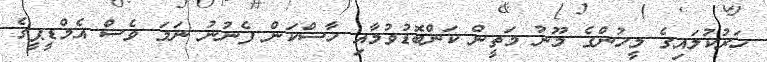
ހަރުކުލައިގެ މީހުންގެ މޫނު މަތީން ކަންބޮޑުވުމާއި ހާސްކަން ފެނުނު ނަމަ ވެސް އެމްޑީޕީގެ